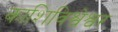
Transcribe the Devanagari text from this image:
काशिविश्वेश्वर